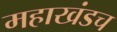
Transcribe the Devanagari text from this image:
महाखंडच